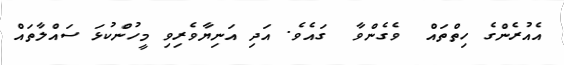
އެއުރެންގެ ހިތްތައް  ވެގެންވާ  ގައެވެ. އަދި އަނިޔާވެރިވި މީހުންކުޅަ ސައްލާތައް